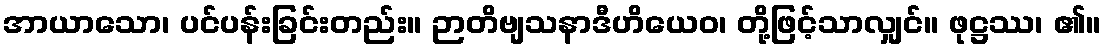
အာယာသော၊ ပင်ပန်းခြင်းတည်း။ ဉာတိဗျသနာဒီဟိယေဝ၊ တို့ဖြင့်သာလျှင်။ ဖုဋ္ဌဿ၊ ၏။